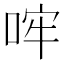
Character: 哰